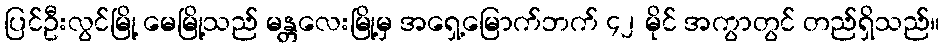
ပြင်ဦးလွင်မြို့ မေမြို့သည် မန္တလေးမြို့မှ အရှေ့မြောက်ဘက် ၄၂ မိုင် အကွာတွင် တည်ရှိသည်။